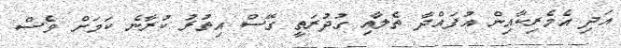
އަދި އެމެރިކާއިން އުފައްދާ ތެލާއި ގުދުރަތީ ގޭސް އިތުރު ކުރާނެ ކަމަށް ވެސް